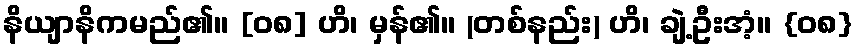
နိယျာနိကမည်၏။ [၀၈] ဟိ၊ မှန်၏။ (တစ်နည်း) ဟိ၊ ချဲ့ဦးအံ့။ {၀၈}